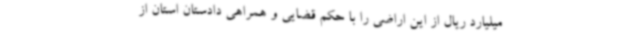
میلیارد ریال از این اراضی را با حکم قضایی و همراهی دادستان استان از